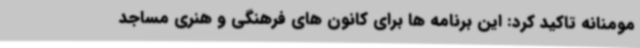
مومنانه تاکید کرد: این برنامه ها برای کانون های فرهنگی و هنری مساجد